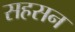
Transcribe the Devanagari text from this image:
सहसन